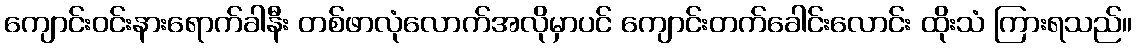
ကျောင်းဝင်းနားရောက်ခါနီး တစ်ဖာလုံလောက်အလိုမှာပင် ကျောင်းတက်ခေါင်းလောင်း ထိုးသံ ကြားရသည်။